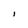
Character: I